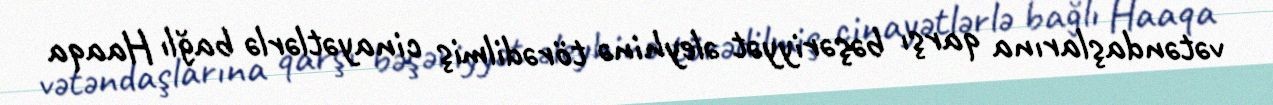
vətəndaşlarına qarşı bəşəriyyət əleyhinə törədilmiş cinayətlərlə bağlı Haaqa